Annual administration report of the Civil Veterinary Department of India - 1894-1895
Year: 1894
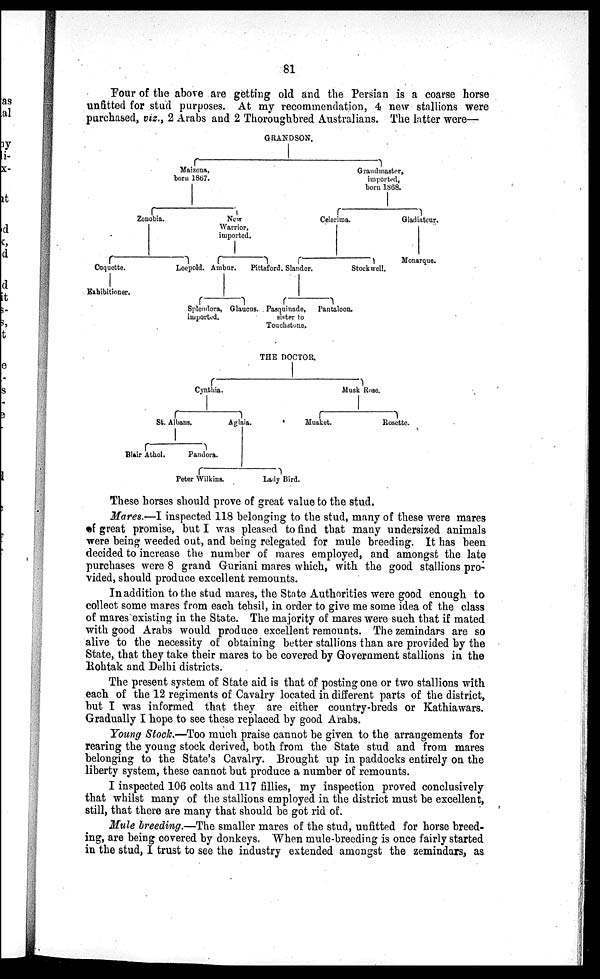
81
Four of the above are getting old and the Persian is a coarse horse
unfitted for stud purposes. At my recommendation, 4 new stallions were
purchased, viz., 2 Arabs and 2 Thoroughbred Australians. The latter were—
These horses should prove of great value to the stud.
Mares.—I inspected 118 belonging to the stud, many of these were mares
of great promise, but I was pleased to find that many undersized animals
were being weeded out, and being relegated for mule breeding. It has been
decided to increase the number of mares employed, and amongst the late
purchases were 8 grand Guriani mares which, with the good stallions pro-
vided, should produce excellent remounts.
In addition to the stud mares, the State Authorities were good enough to
collect some mares from each tehsil, in order to give me some idea of the class
of mares existing in the State. The majority of mares were such that if mated
with good Arabs would produce excellent remounts. The zemindars are so
alive to the necessity of obtaining better stallions than are provided by the
State, that they take their mares to be covered by Government stallions in the
Rohtak and Delhi districts.
The present system of State aid is that of posting one or two stallions with
each of the 12 regiments of Cavalry located in different parts of the district,
but I was informed that they are either country-breds or Kathiawars.
Gradually I hope to see these replaced by good Arabs.
Young Stock.—Too much praise cannot be given to the arrangements for
rearing the young stock derived, both from the State stud and from mares
belonging to the State's Cavalry. Brought up in paddocks entirely on the
liberty system, these cannot but produce a number of remounts.
I inspected 106 colts and 117 fillies, my inspection proved conclusively
that whilst many of the stallions employed in the district must be excellent,
still, that there are many that should be got rid of.
Mule breeding.—The smaller mares of the stud, unfitted for horse breed-
ing, are being covered by donkeys. When mule-breeding is once fairly started
in the stud, I trust to see the industry extended amongst the zemindars, as